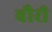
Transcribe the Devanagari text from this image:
बौरी